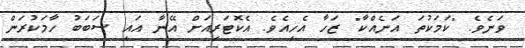
ވަނެވެ. "ކަމަކުތަ އަނެއްކާ" ޒަހާ އެހިއެވެ. އެކޮޓަރިއަށް އޭނާ އައި ސަބަބު ހާމަކުރަން